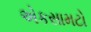
એકસામટો